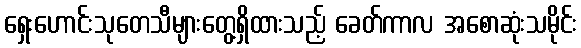
ရှေးဟောင်းသုတေသီများတွေ့ရှိထားသည့် ခေတ်ကာလ အစောဆုံးသမိုင်း